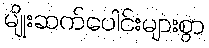
မျိုးဆက်ပေါင်းများစွာ